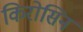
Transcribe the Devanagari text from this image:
किरोसिन